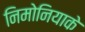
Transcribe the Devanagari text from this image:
निमोनियाके